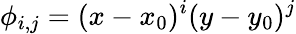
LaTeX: \phi_{i,j}=(x-x_{0})^{i}(y-y_{0})^{j}